Annual report of the Madras Medical College
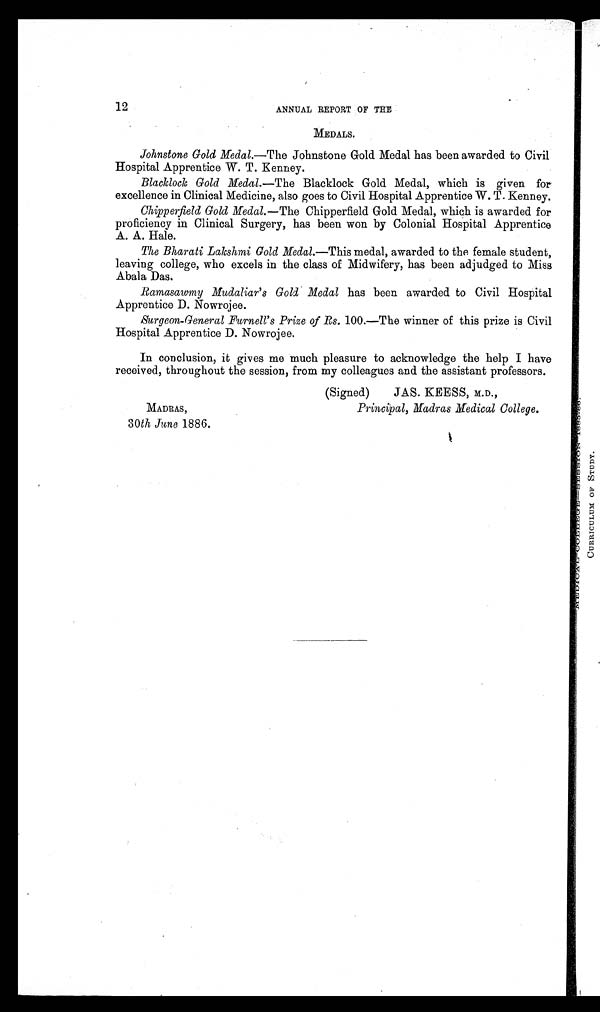
12
ANNUAL REPORT OF THE
MEDALS.
Johnstone Gold Medal,.— The Johnstone Gold Medal has been awarded to Civil
Hospital Apprentice W. T. Kenney.
Blacklock Gold Medal.— The Blacklock Gold Medal, which is given for
excellence in Clinical Medicine, also goes to Civil Hospital Apprentice W. T. Kenney.
Chipperfield Gold Medal.— The Chipperfield Gold Medal, which is awarded for
proficiency in Clinical Surgery, has been won by Colonial Hospital Apprentice
A. A. Hale.
The Bharati Lakshmi Gold Medal.—This medal, awarded to the female student,
leaving college, who excels in the class of Midwifery, has been adjudged to Miss
Abala Das.
Ramasawmy Mudaliar's Gold Medal has been awarded to Civil Hospital
Apprentice D. Nowrojee.
Surgeon-General Furnell's Prize of Rs. 100.—The winner of this prize is Civil
Hospital Apprentice D . Nowrojee.
In conclusion, it gives me much pleasure to acknowledge the help I have
received, throughout the session, from my colleagues and the assistant professors.
MADRAS,
30 th June 1886.
(Signed)
JAS. KEESS, M.D.,
Principal, Madras Medical College.